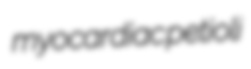
myocardiac petioli